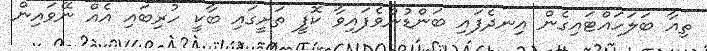
ތިއާ ބަލަހައްޓައިގެން އިނދެފައި ބަންޑުންވެފައިވާ ކޮފީ ތަށީގައި ބާކީ ހުރިބައި އެއް ނޭވައިން